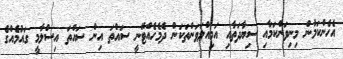
އެހެންކަމުން މިނިވަންކަމާއި ސިޔާދަތާއި އަމިއްލަވަންތަކަން ދެމެހެއްޓޭނީ ސައްތަ އިން ސައްތަ އިސްލާމީ ގައުމެއްގެ